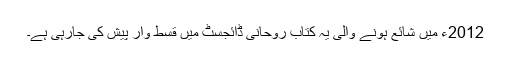
2012ء میں شائع ہونے والی یہ کتاب روحانی ڈائجسٹ میں قسط وار پیش کی جارہی ہے۔